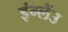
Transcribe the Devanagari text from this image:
इंग्लैंउ